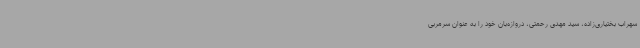
سهراب بختیاری‌زاده، سید مهدی رحمتی، دروازه‌بان خود را به عنوان سرمربی